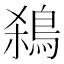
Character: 𪀣